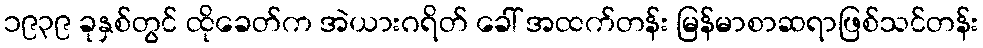
၁၉၃၉ ခုနှစ်တွင် ထိုခေတ်က အဲယားဂရိတ် ခေါ် အထက်တန်း မြန်မာစာဆရာဖြစ်သင်တန်း